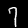
Digit: 7